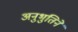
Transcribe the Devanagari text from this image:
अनुभुतिने